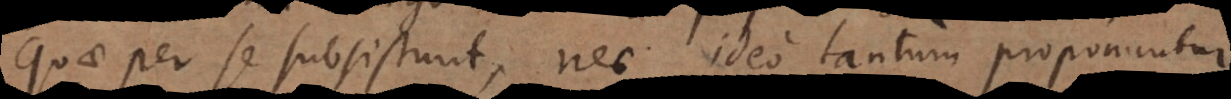
quae per se subsistunt, nec ideo tantum proponuntur,